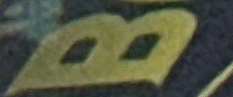
B